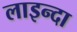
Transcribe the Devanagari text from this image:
लाइन्दा